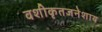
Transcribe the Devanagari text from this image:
वशीकृतजनेशाय